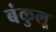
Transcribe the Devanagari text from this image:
बंकुलू